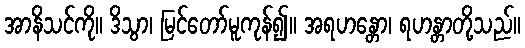
အာနိသင်ကို။ ဒိသွာ၊ မြင်တော်မူကုန်၍။ အရဟန္တော၊ ရဟန္တာတို့သည်။